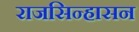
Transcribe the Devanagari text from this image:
राजसिन्हासन